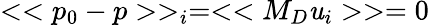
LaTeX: <<p_{0}-p>>_{i}=<<M_{D}\mathit{u}_{i}>>=0